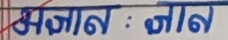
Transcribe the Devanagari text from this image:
अज्ञान : ज्ञान